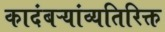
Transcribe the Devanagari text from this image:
कादंबऱ्यांव्यतिरिक्त